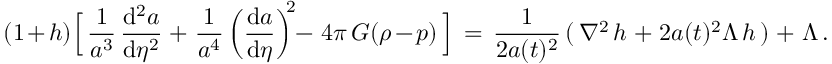
( 1 + h ) \Bigl [ \, \frac { 1 } { a ^ { 3 } } \, \frac { \mathrm { d } ^ { 2 } a } { \mathrm { d } \eta ^ { 2 } } \, + \, \frac { 1 } { a ^ { 4 } } \left( \frac { \mathrm { d } a } { \mathrm { d } \eta } \right) ^ { \! \! 2 } \! - \, 4 \pi \, G ( \rho - p ) \, \Bigr ] \, = \, \frac { 1 } { 2 a ( t ) ^ { 2 } } \, ( \, \nabla ^ { 2 } \, h \, + \, 2 a ( t ) ^ { 2 } \Lambda \, h \, ) \, + \, \Lambda \, .